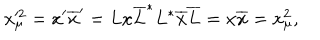
x _ { \mu } ^ { \prime 2 } = x ^ { \prime } \overline { { { x } } } ^ { \prime } = L x \overline { { { L } } } ^ { * } L ^ { * } \overline { { { x } } } \overline { { { L } } } = x \overline { { { x } } } = x _ { \mu } ^ { 2 } ,